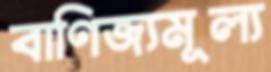
বাণিজ্যমূল্য